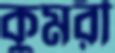
কুমরী